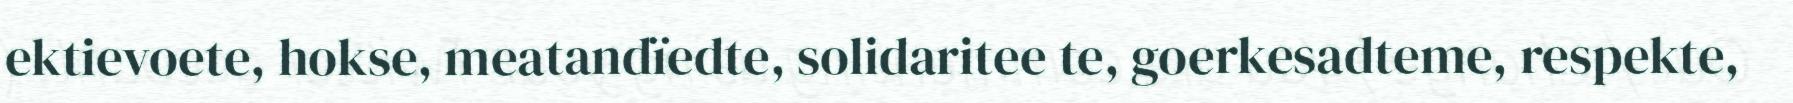
ektievoete, hokse, meatandïedte, solidaritee te, goerkesadteme, respekte,